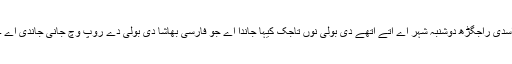
اسدی راجگڑھ دوشنبہ شہر اے اتے اتھے دی بولی نوں تاجک کیہا جاندا اے جو فارسی بھاشا دی بولی دے روپ وچّ جانی جاندی اے ۔